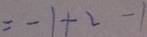
= - 1 + 2 - 1